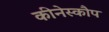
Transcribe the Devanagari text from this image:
कीनेस्कौप